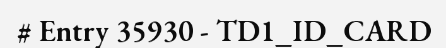
# Entry 35930 - TD1_ID_CARD